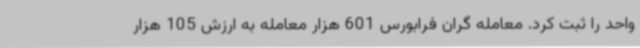
واحد را ثبت کرد. معامله گران فرابورس 601 هزار معامله به ارزش 105 هزار